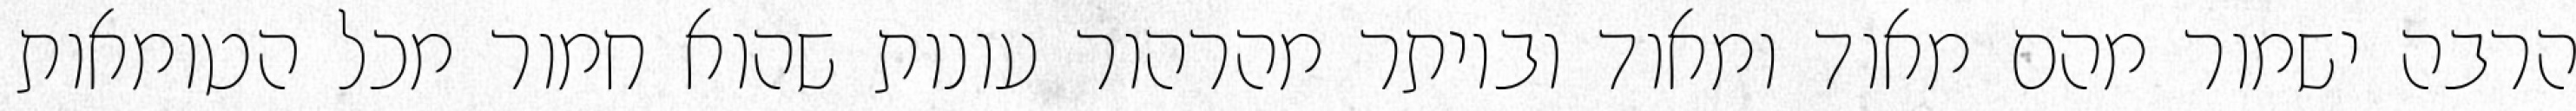
הרבה ישמור מהם מאוד ומאוד וביותר מהרהור עונות שהוא חמור מכל הטומאות